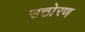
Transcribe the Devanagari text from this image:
उत्त्प्रेरण